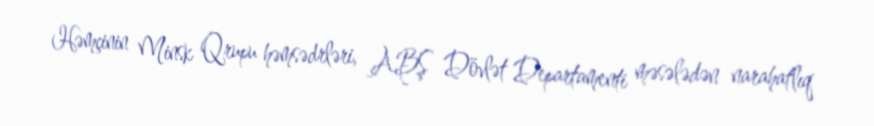
Həmçinin Minsk Qrupu həmsədrləri, ABŞ Dövlət Departamenti məsələdən narahatlıq